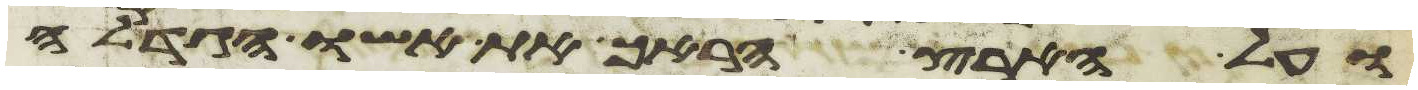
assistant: ועל הארץ הראך את אשו הגדלה